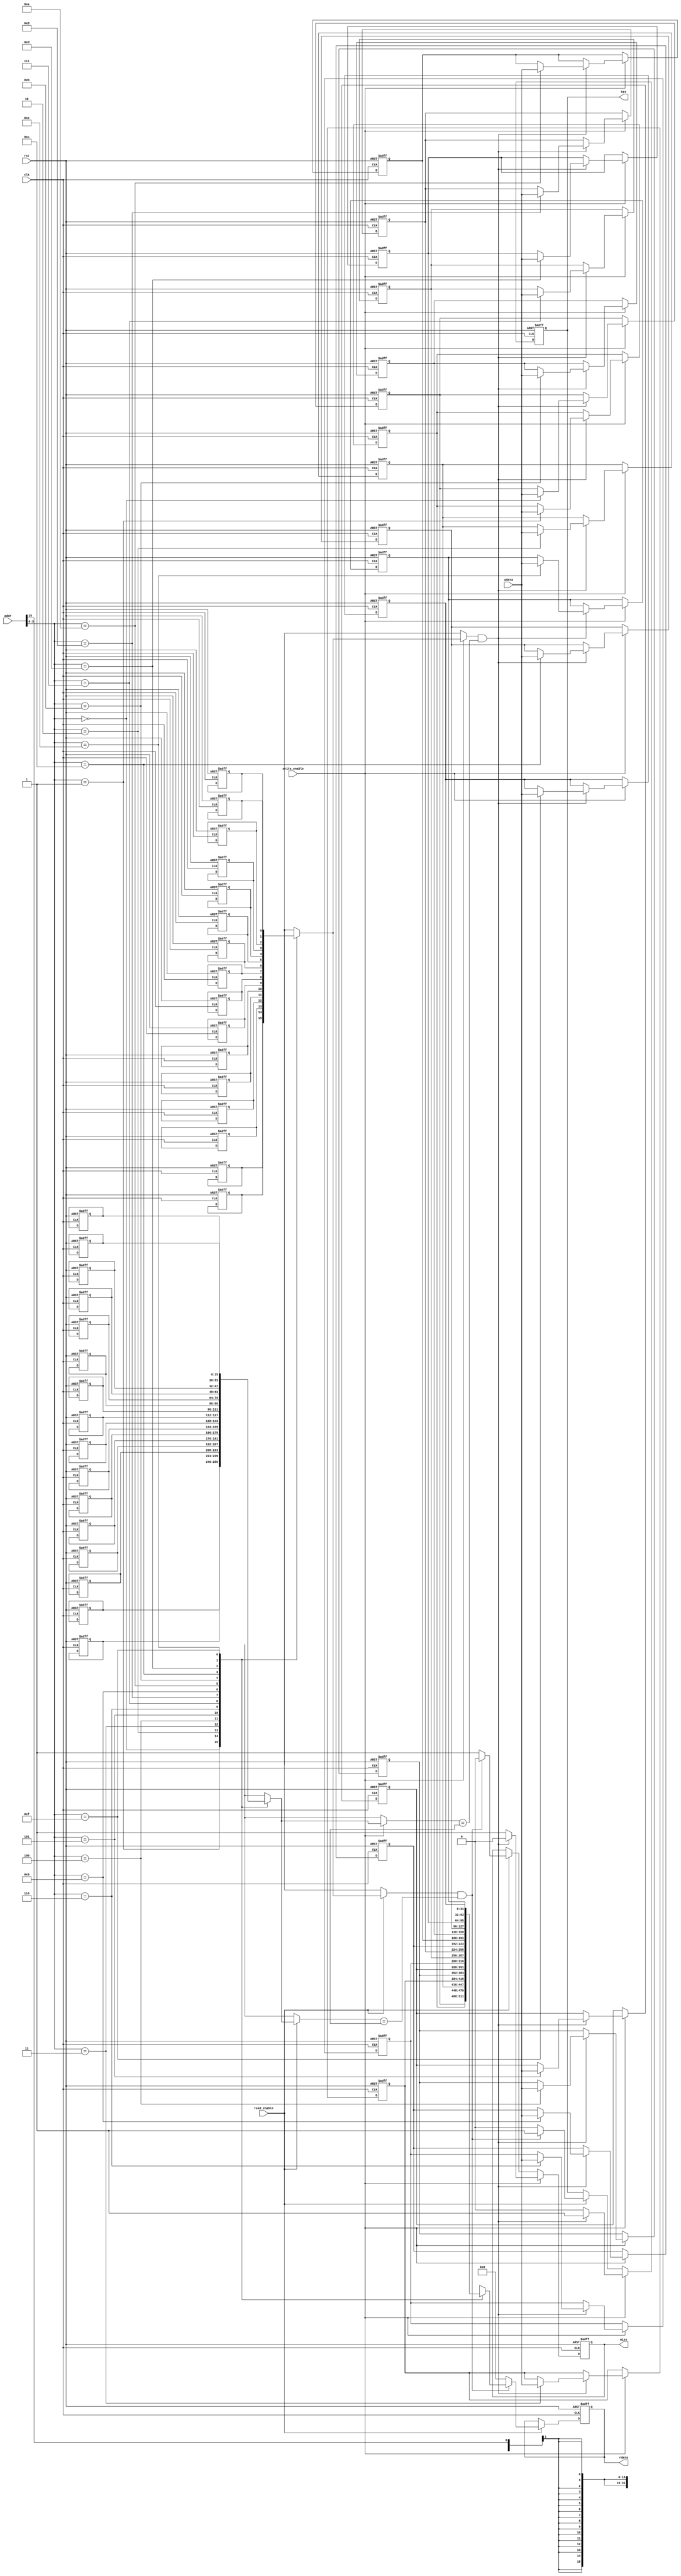
module data_cache #(
    parameter LINE_SIZE = 32,           // Size of each cache line in bytes
    parameter NUM_LINES = 16,           // Total number of cache lines
    parameter ADDR_WIDTH = 16            // Width of memory address
)(
    input  wire clk,                     // Clock signal
    input  wire rst,                     // Reset signal
    input  wire [ADDR_WIDTH-1:0] addr,  // Memory address for read/write
    input  wire [LINE_SIZE-1:0] wdata,  // Data to write
    input  wire read_enable,             // Read enable
    input  wire write_enable,            // Write enable
    output reg [LINE_SIZE-1:0] rdata,   // Data output for read
    output reg hit,                      // Cache hit indicator
    output reg miss                      // Cache miss indicator
);

    // Cache line structure
    reg [ADDR_WIDTH-1:0] tag [0:NUM_LINES-1];  // Tag for each cache line
    reg [LINE_SIZE-1:0] data [0:NUM_LINES-1];  // Data storage for each cache line
    reg valid [0:NUM_LINES-1];                  // Valid bit for each line
    reg dirty [0:NUM_LINES-1];                  // Dirty bit for each line

    // Internal signals
    wire [NUM_LINES-1:0] index;                // Cache line index
    wire [ADDR_WIDTH-1:0] tag_addr;            // Tag extracted from address
    integer line_index;

    // Calculate index and tag from the provided address
    assign index = addr[NUM_LINES-1:0];
    assign tag_addr = addr[ADDR_WIDTH-1:NUM_LINES];

    // Cache operation
    always @(posedge clk or posedge rst) begin
        if (rst) begin
            // Reset all cache lines
            for (line_index = 0; line_index < NUM_LINES; line_index = line_index + 1) begin
                valid[line_index] <= 0;
                dirty[line_index] <= 0;
                tag[line_index] <= 0;
                data[line_index] <= 0;
            end
            rdata <= 0;
            hit <= 0;
            miss <= 0;
        end else begin
            // Read Operation
            if (read_enable) begin
                if (valid[index] && (tag[index] == tag_addr)) begin
                    // Cache hit
                    rdata <= data[index];
                    hit <= 1;
                    miss <= 0;
                end else begin
                    // Cache miss
                    rdata <= 0; // Assume we get the data from memory (not implemented)
                    hit <= 0;
                    miss <= 1;
                    // Load data from main memory into cache line (not implemented)
                end
            end

            // Write Operation
            if (write_enable) begin
                if (valid[index] && (tag[index] == tag_addr)) begin
                    // Cache hit on write
                    data[index] <= wdata;
                    dirty[index] <= 1; // Mark as dirty
                    hit <= 1;
                    miss <= 0;
                end else begin
                    // Cache miss on write
                    hit <= 0;
                    miss <= 1;
                    // Load data from memory (not implemented) and then update
                    // data[index] <= wdata;  // Example of how we might set it
                    // dirty[index] <= 1;      // Mark as dirty after writing
                end
            end
        end
    end

endmodule